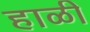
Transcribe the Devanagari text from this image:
हाळी